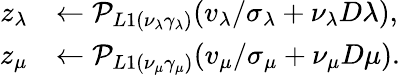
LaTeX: \begin{array}{rl}{z_{\lambda}}&{\leftarrow\mathcal{P}_{L1(\nu_{\lambda}\gamma_{\lambda})}(v_{\lambda}/\sigma_{\lambda}+\nu_{\lambda}D\lambda),}\\ {z_{\mu}}&{\leftarrow\mathcal{P}_{L1(\nu_{\mu}\gamma_{\mu})}(v_{\mu}/\sigma_{\mu}+\nu_{\mu}D\mu).}\end{array}